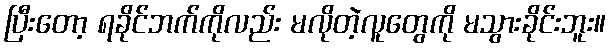
ပြီးတော့ ရခိုင်ဘက်ကိုလည်း မလိုတဲ့လူတွေကို မသွားခိုင်းဘူး။